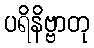
ပရိနိဗ္ဗာတု